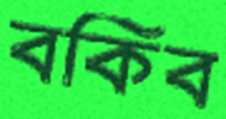
বকিব